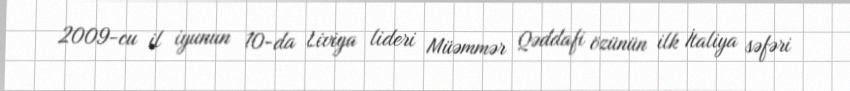
2009-cu il iyunun 10-da Liviya lideri Müəmmər Qəddafi özünün ilk İtaliya səfəri